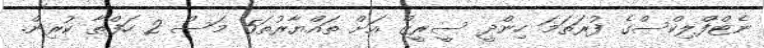
ނެޓްފްލިކްސްގެ ފުރަތަމަ ހިންދީ ސީރީޒް އަށް ތައްޔާރުތަ5 މަސް 2 ހަފްތާ ކުރިން.